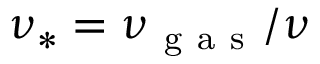
\nu _ { \ast } = \nu _ { \mathrm { ~ g ~ a ~ s ~ } } / \nu